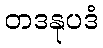
တဒနုပဒံ